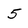
Character: 5